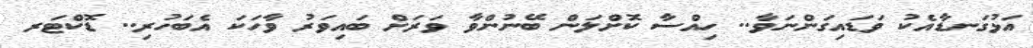
އަޅުގަނޑާއެކު ވަޑައިގަންނަވާ.. ހިއްސާ ކޮށްލަން ބޭނުންވާ ވަރަށް ބައިވަރު ވާހަކަ އެބަހުރި.. ޑޮކްޓަރ